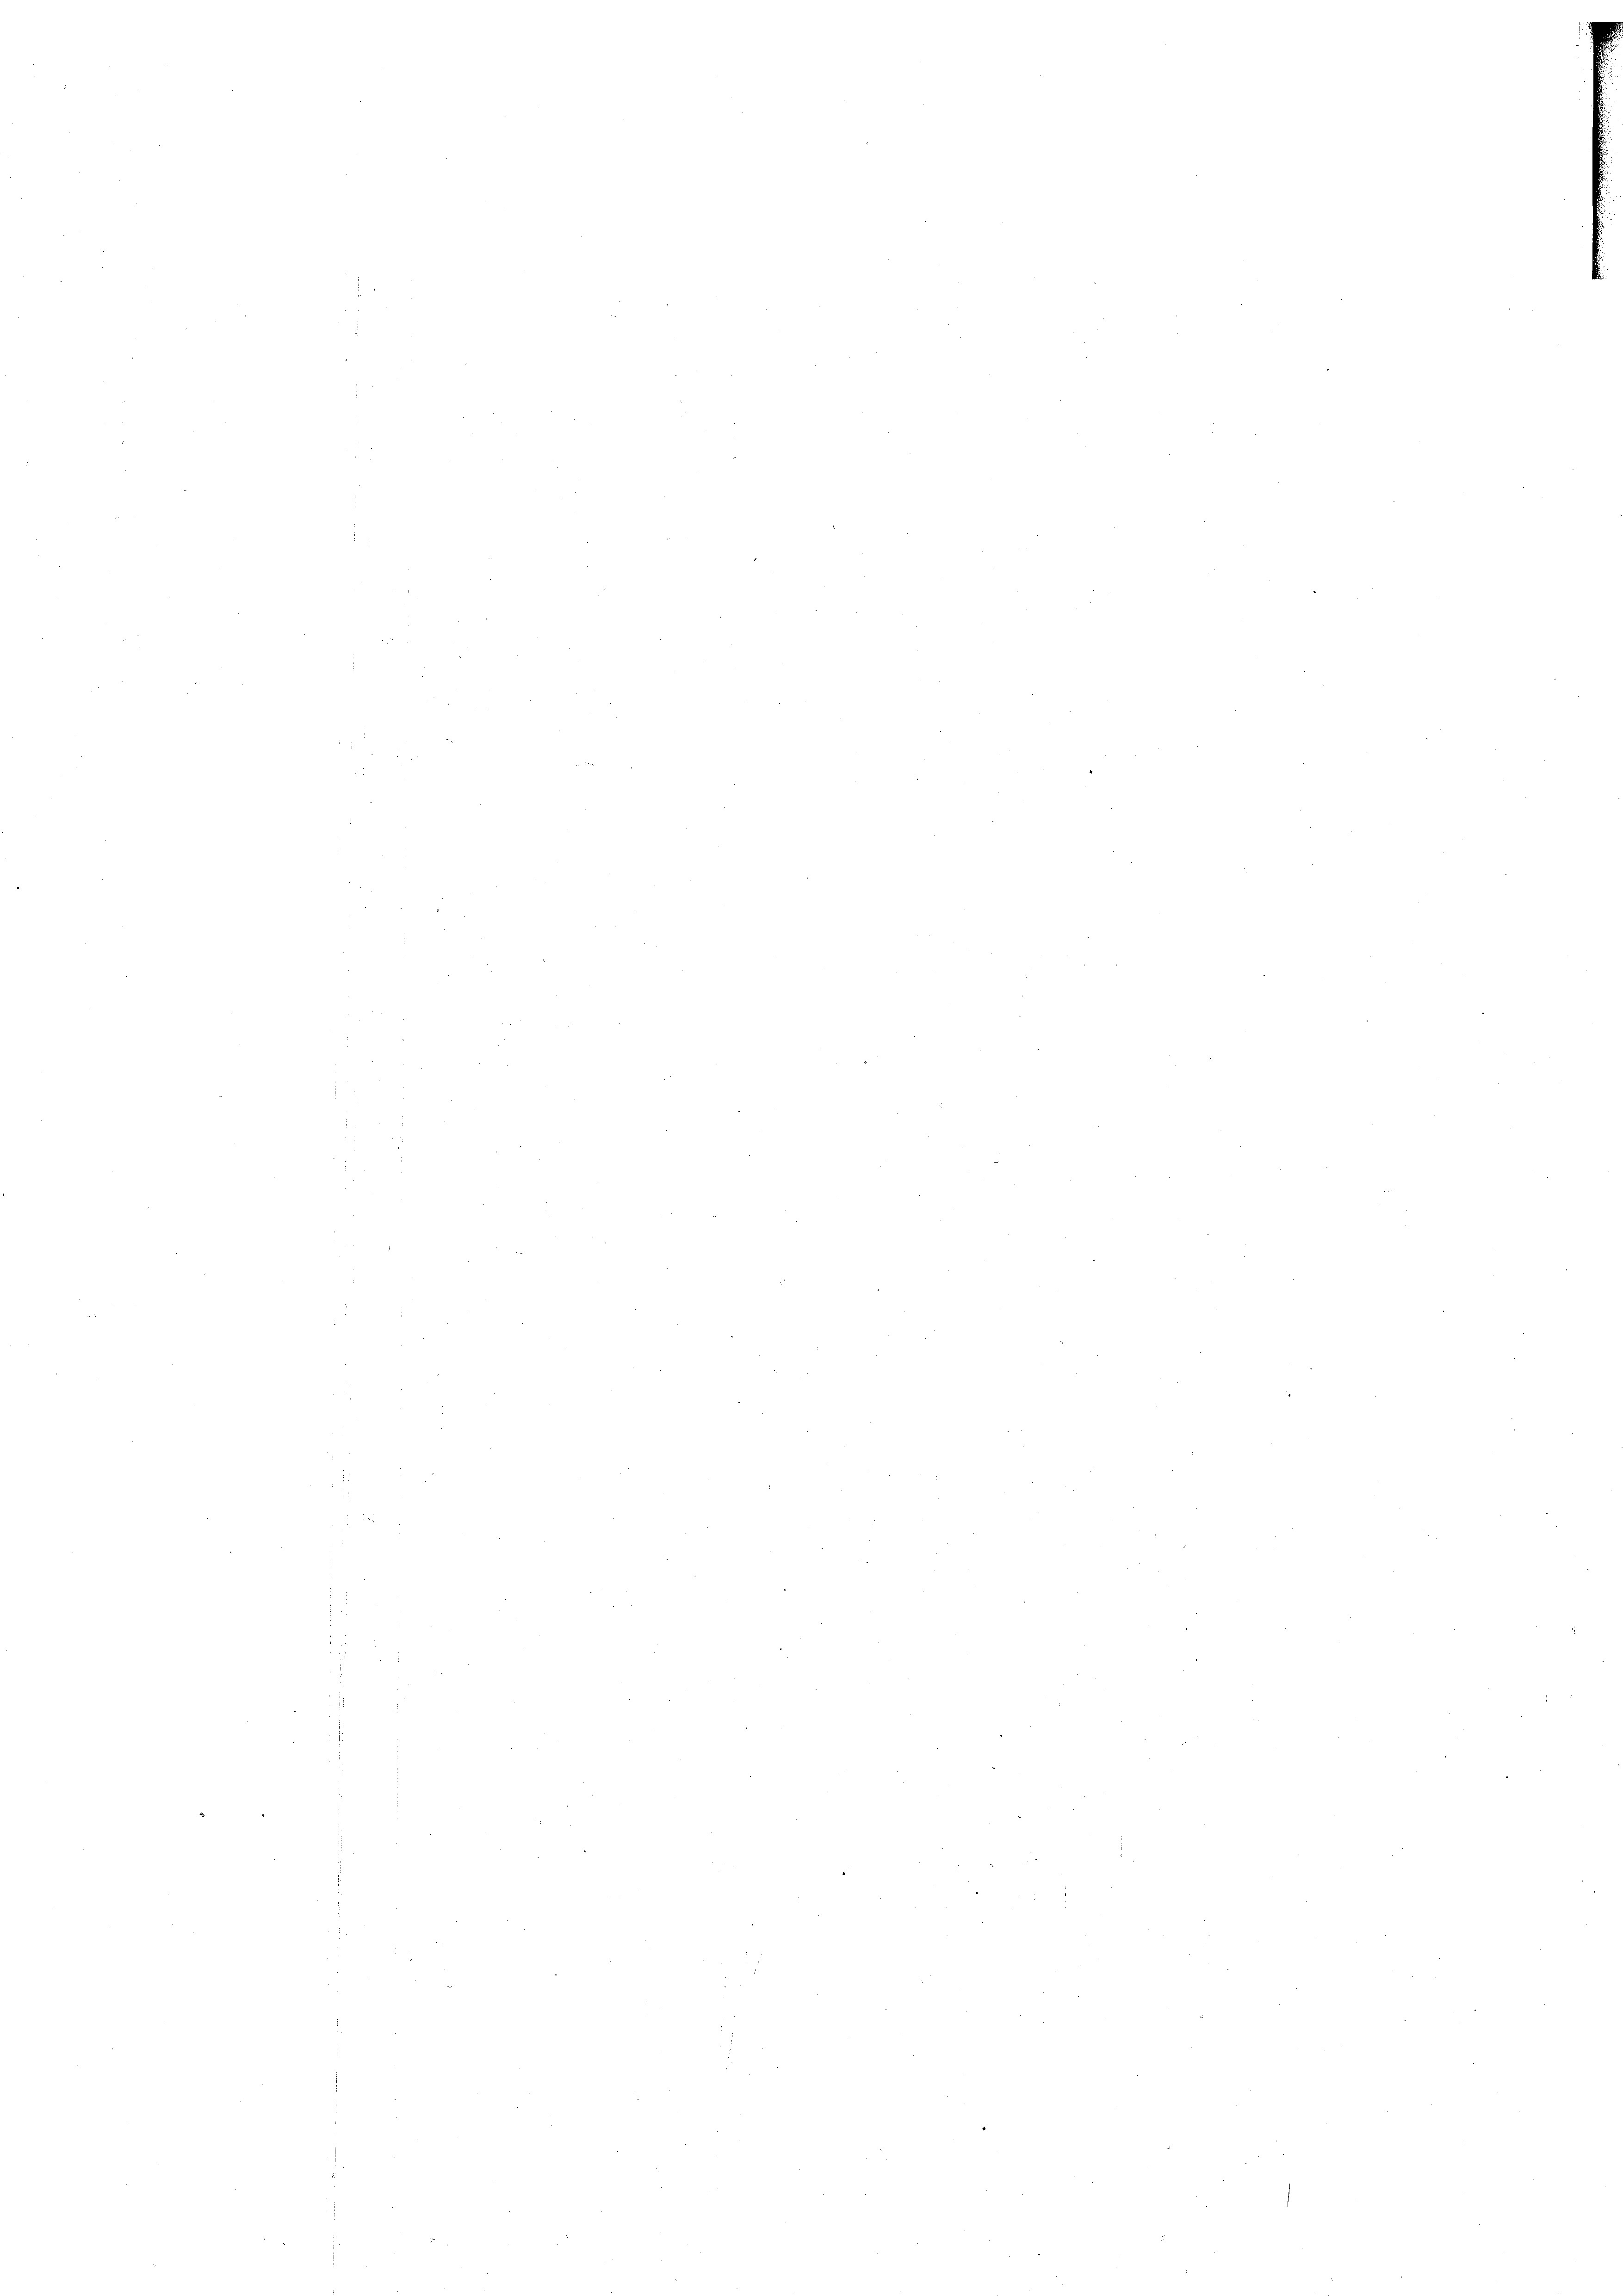
2

i

.